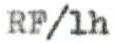
RF/lh